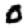
Digit: 0